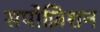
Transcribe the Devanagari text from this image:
सपोज़िशन